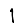
Digit: 1